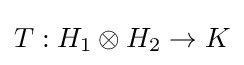
T:H_{1}\otimes H_{2}\to K